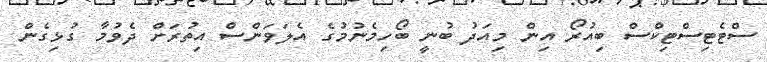
ސްޓެޓިސްޓިކްސް ބިއުރޯ އިން މިއަދު ބުނީ ބޯހިމެނުމުގެ އެލަވަންސް އިތުރަށް ދެވުމާ ގުޅިގެން